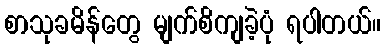
စာသုခမိန်တွေ မျက်စိကျခဲ့ပုံ ရပါတယ်။